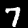
Label: 7